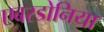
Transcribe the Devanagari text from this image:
एबरडोनिया